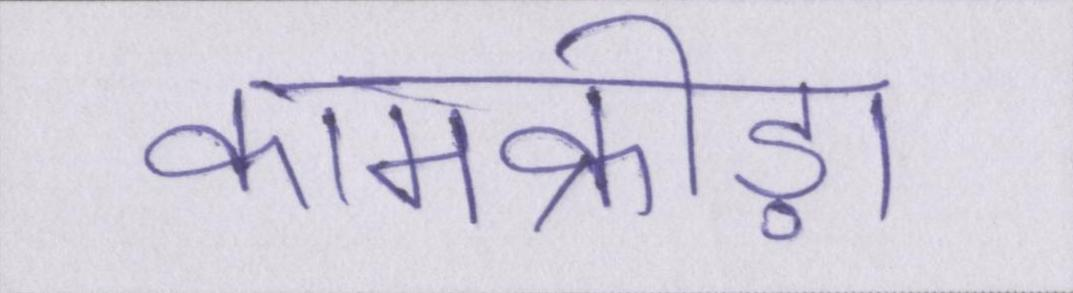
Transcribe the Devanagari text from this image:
कामक्रीड़ा